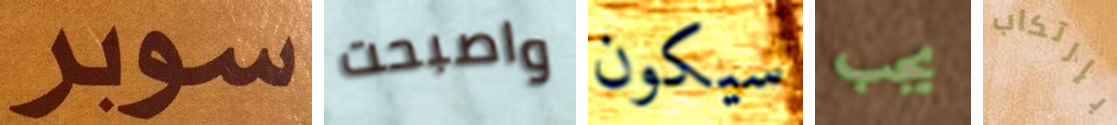
سوبر واصبحت سيكون يجب بإرتكاب